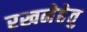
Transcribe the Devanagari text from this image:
रखनेहेतु